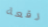
رقعة